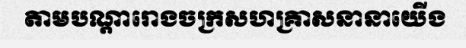
តាមបណ្តារោងចក្រសហគ្រាសនានាយើង